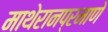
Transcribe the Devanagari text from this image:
माथेरानप्रमाणे